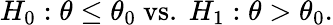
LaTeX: H_{0}:\theta\leq\theta_{0}{\mathrm{~vs.~}}H_{1}:\theta>\theta_{0}.